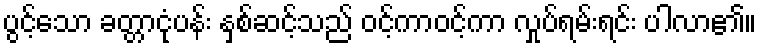
ပွင့်သော ခတ္တာငုံပန်း နှစ်ဆင့်သည် ဝင့်ကာဝင့်ကာ လှုပ်ရမ်းရင်း ပါလာ၏။